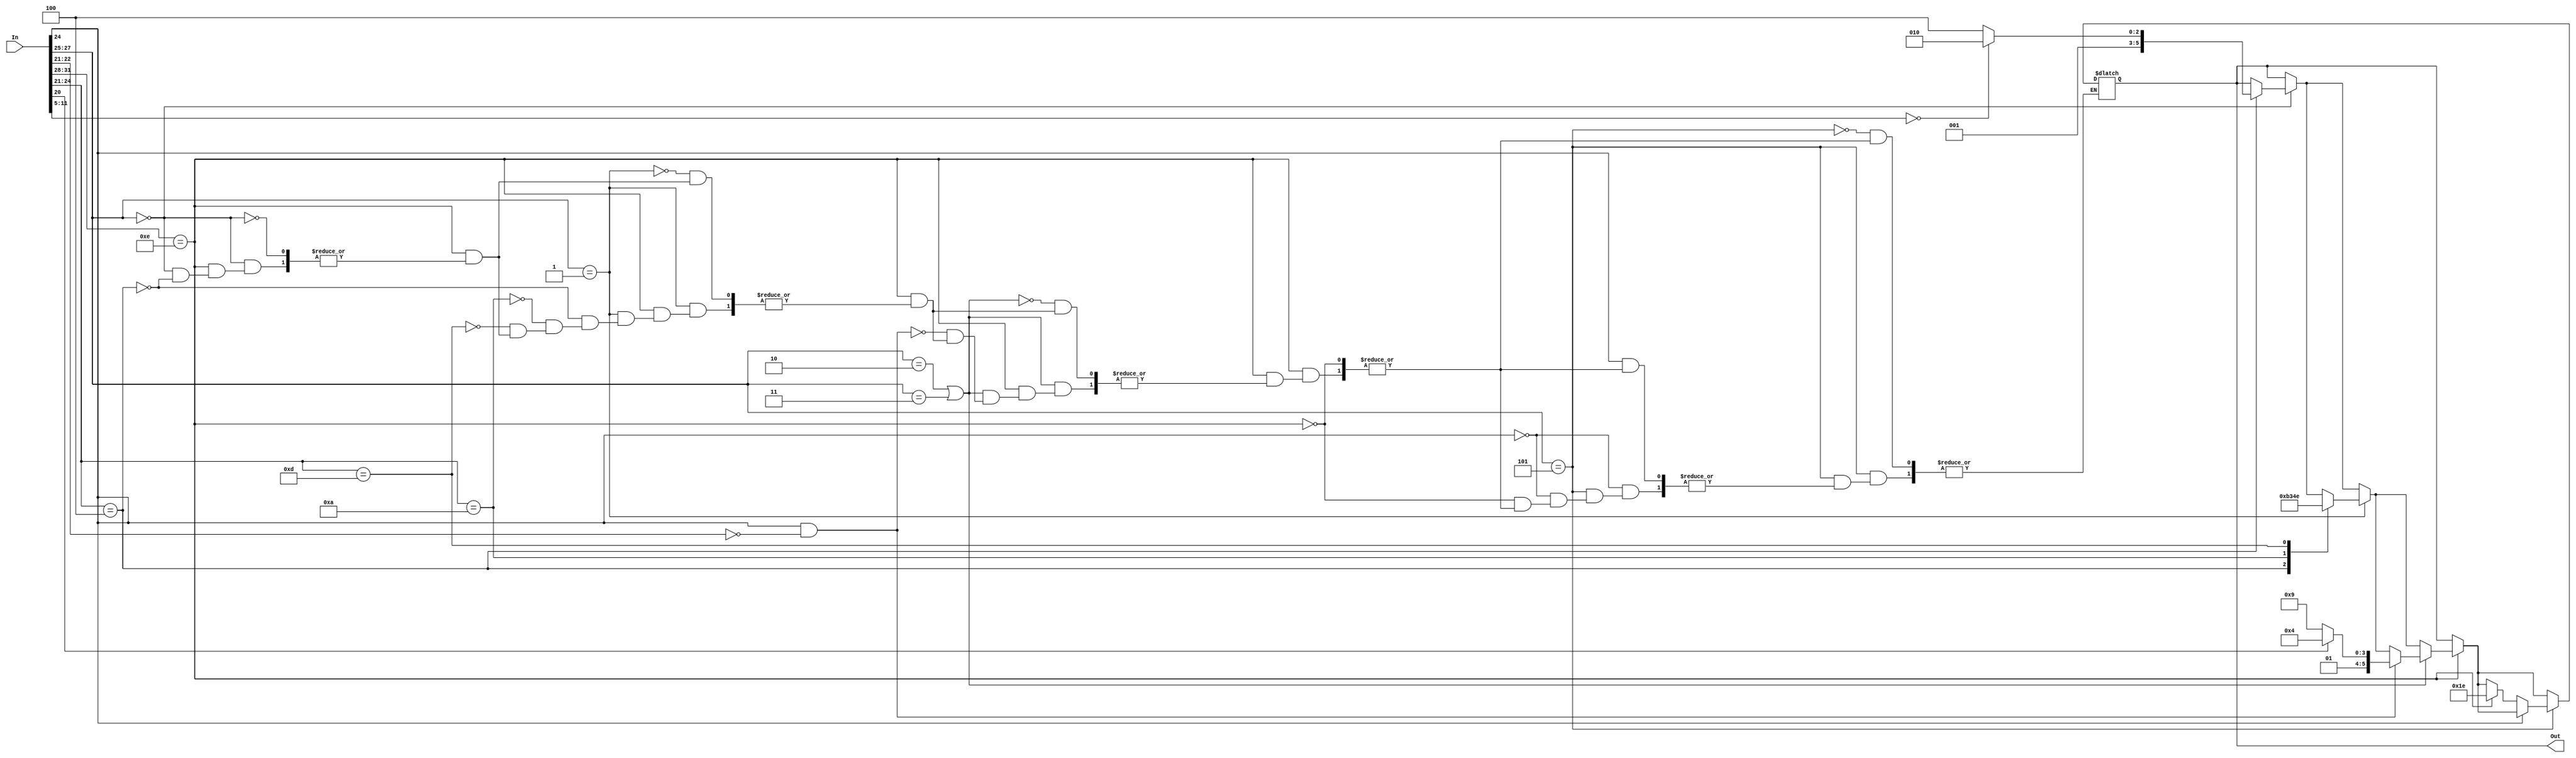
module encoder (output reg [5:0] Out, input [31:0] In);
    always @ (In)
    begin
        if (In [31:28] == 4'b1110)          //Condition Always
        begin
            if (In [27:25] == 3'b000)       //if bits 27 to 25 is 000
            begin 
                if (In [24:21] == 4'b0100)  //if opcode is 0100
                begin
                    case (In [11:5])
                    7'b0000000:  Out = 10;   //State 10 == ADD R-R
                    default:     Out = 12;   //State 11 == ADD shift
                    endcase
                end
            end
            if (In [27:25] == 3'b001)       //if bits 27 to 25 is 001
            begin
                case (In [24:21])
                4'b0100:    Out = 11;       //State 12 == ADD imme
                4'b1010:    Out = 13;       //State 13 == CMP
                4'b1101:    Out = 14;       //State 14 == MOV
                endcase
            end
            if (In [27:25] == 3'b010 | In [27:25] == 3'b011)       //if bits 27 to 25 is 010
            begin
                if (In [24] == 1'b1 & In [22:21] == 2'b00)        
                begin
                    case (In [20])
                    1'b1:   Out = 20;       //State 20 == LDR
                    1'b0:   Out = 25;       //State 25 == STR
                    endcase
                end
            end
        end
        if (In [27:25] == 4'b101)       //if bits 27 to 25 is 101
        begin
            if (In [24] == 1'b0)        //branch without link
            begin
                case (In [31:28])       //Condition
                4'b1110:    Out = 30;   //State 30 == B
                endcase
            end
        end
    end
endmodule